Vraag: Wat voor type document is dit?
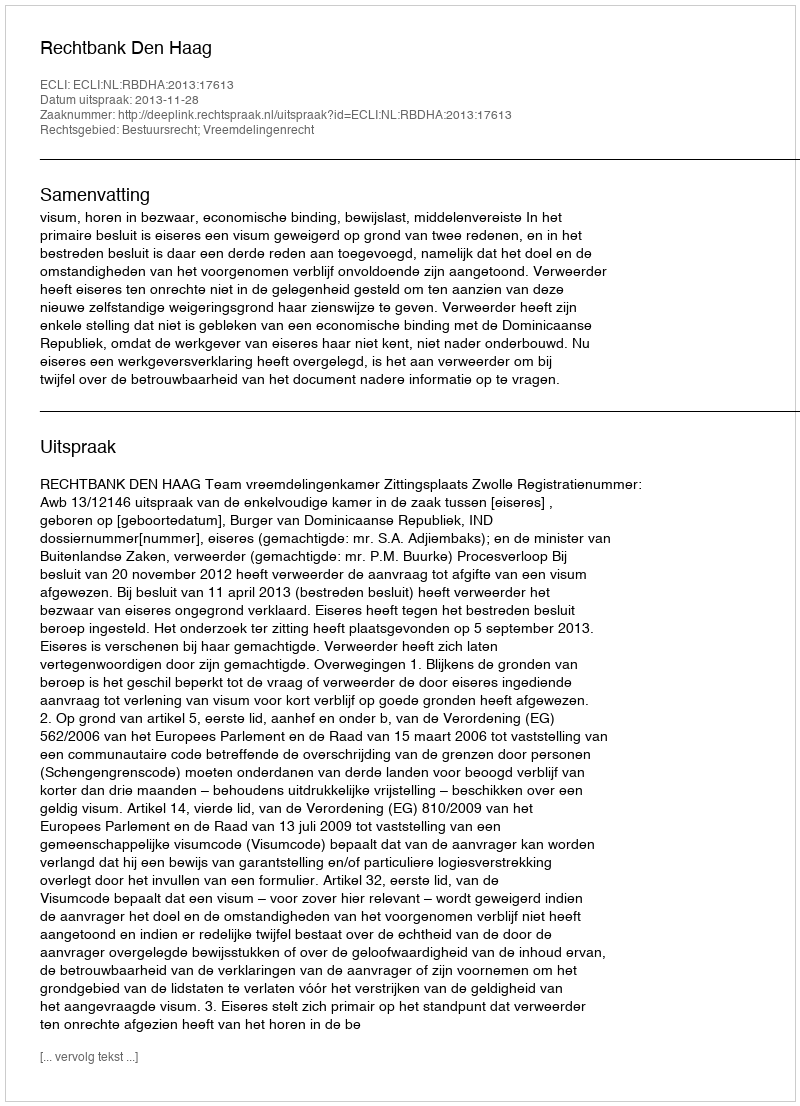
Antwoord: Uitspraak